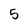
Character: 5